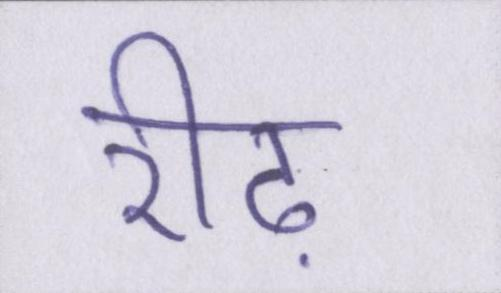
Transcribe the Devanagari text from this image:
रीढ़